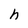
Character: h